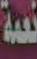
نعمة